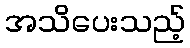
အသိပေးသည့်